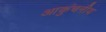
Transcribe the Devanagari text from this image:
आकुंचनीय